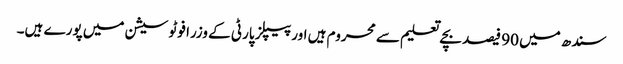
سندھ میں 90 فیصد بچے تعلیم سے محروم ہیں اور پیپلز پارٹی کے وزرا فوٹو سیشن میں پورے ہیں۔